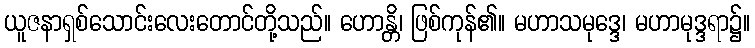
ယူဇနာရှစ်သောင်းလေးတောင်တို့သည်။ ဟောန္တိ၊ ဖြစ်ကုန်၏။ မဟာသမုဒ္ဒေ၊ မဟာမုဒ္ဒရာ၌။